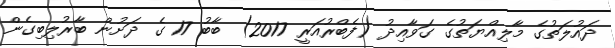
ދައުލަތުގެ މާލިއްޔަތުގެ ގަވާއިދު (ފެބްރުއަރީ 2017) ބާބު 17 ގެ ދަށުން ބާރުލިބިގެން